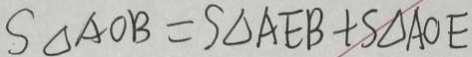
S _ { \Delta A O B } = S _ { \Delta A E B } + S _ { \Delta A O E }